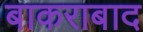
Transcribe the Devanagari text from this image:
बाकराबाद